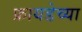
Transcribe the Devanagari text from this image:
फ्रायडेच्या